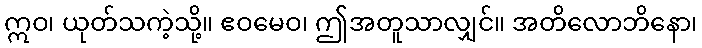
ဣဝ၊ ယုတ်သကဲ့သို့။ ဧဝမေဝ၊ ဤအတူသာလျှင်။ အတိလောဘိနော၊